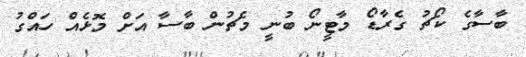
ބާސާގެ ކޯޗު ގެރާޑޯ މާޓީނޯ ބުނީ މެޗުން ބާސާ އަށް މޮޅެއް ހައްގު